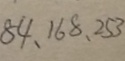
8 4 、 1 6 8 、 2 5 3